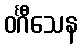
ဝင်္ဂီသေန